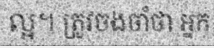
ល្អ។ ត្រូវចងចាំថា អ្នក